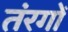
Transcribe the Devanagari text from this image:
तंरगोँ